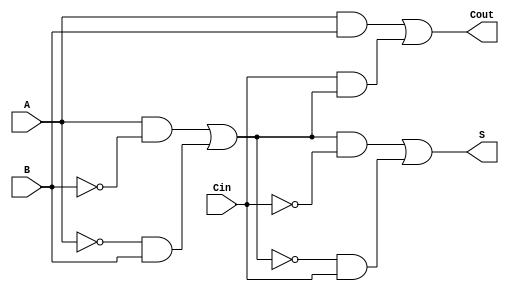
module TransmissionGateFullAdder (
    input wire A,      // First input bit
    input wire B,      // Second input bit
    input wire Cin,    // Carry-in bit
    output wire S,     // Sum output
    output wire Cout   // Carry-out output
);

// Intermediate signals
wire AB, A_xor_B, A_xor_B_xor_Cin, Cin_and_A_xor_B;

// Transmission gates for Sum calculation
assign A_xor_B = (A & ~B) | (~A & B); // A  B
assign A_xor_B_xor_Cin = (A_xor_B & ~Cin) | (~A_xor_B & Cin); // (A  B)  Cin

// Assign the sum output
assign S = A_xor_B_xor_Cin;

// Transmission gates for Carry-out calculation
assign AB = A & B; // A  B
assign Cin_and_A_xor_B = Cin & A_xor_B; // Cin  (A  B)

// Assign the carry-out output
assign Cout = AB | Cin_and_A_xor_B; // (A  B) + (Cin  (A  B))

endmodule